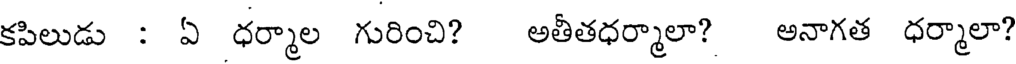
కపిలుడు : ఏ ధర్మాల గురించి? అతీతధర్మాలా? అనాగత ధర్మాలా?